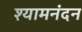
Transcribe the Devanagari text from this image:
श्यामनंदन